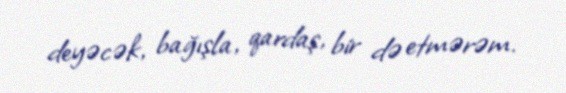
deyəcək, bağışla, qardaş, bir də etmərəm.